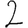
Digit: 2